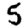
Digit: 5